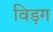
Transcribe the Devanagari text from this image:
विड़ग